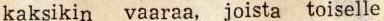
kaksikin vaaraa, joista toiselle